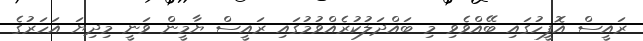
ރައީސް އޮފީހުގައި ބޭއްވެވި މި ބައްދަލުކުރެއްވުމުގައި ރައީސް ޔާމީން ވަނީ މިދިޔަ އަހަރުގެ